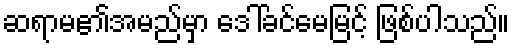
ဆရာမ၏အမည်မှာ ဒေါ်ခင်မေမြင့် ဖြစ်ပါသည်။